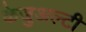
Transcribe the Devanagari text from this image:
केजुअल्टी